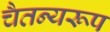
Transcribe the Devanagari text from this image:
चैतन्यरूप